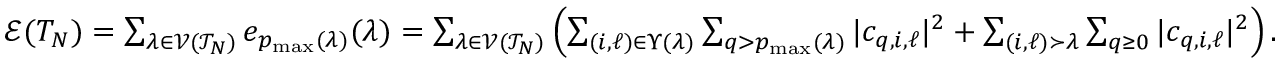
\begin{array} { r } { \mathcal { E } ( T _ { N } ) = \sum _ { \lambda \in \mathcal { V } ( \mathcal { T } _ { N } ) } e _ { p _ { \operatorname* { m a x } } ( \lambda ) } ( \lambda ) = \sum _ { \lambda \in \mathcal { V } ( \mathcal { T } _ { N } ) } \left( \sum _ { ( i , \ell ) \in \Upsilon ( \lambda ) } \sum _ { q > p _ { \operatorname* { m a x } } ( \lambda ) } \vert c _ { q , i , \ell } \vert ^ { 2 } + \sum _ { ( i , \ell ) \succ \lambda } \sum _ { q \ge 0 } \vert c _ { q , i , \ell } \vert ^ { 2 } \right) . } \end{array}